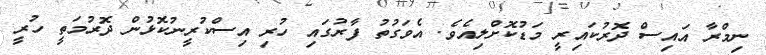
ނިމްރާ އައިސް ދޮރުކައިރީ މަޑުކޮށްލިއެވެ. އެވަގުތު ފާރުގައި ހުރި އިސްކުރީނުކޮޅުން ދޮރުމަތީ ހުރީ